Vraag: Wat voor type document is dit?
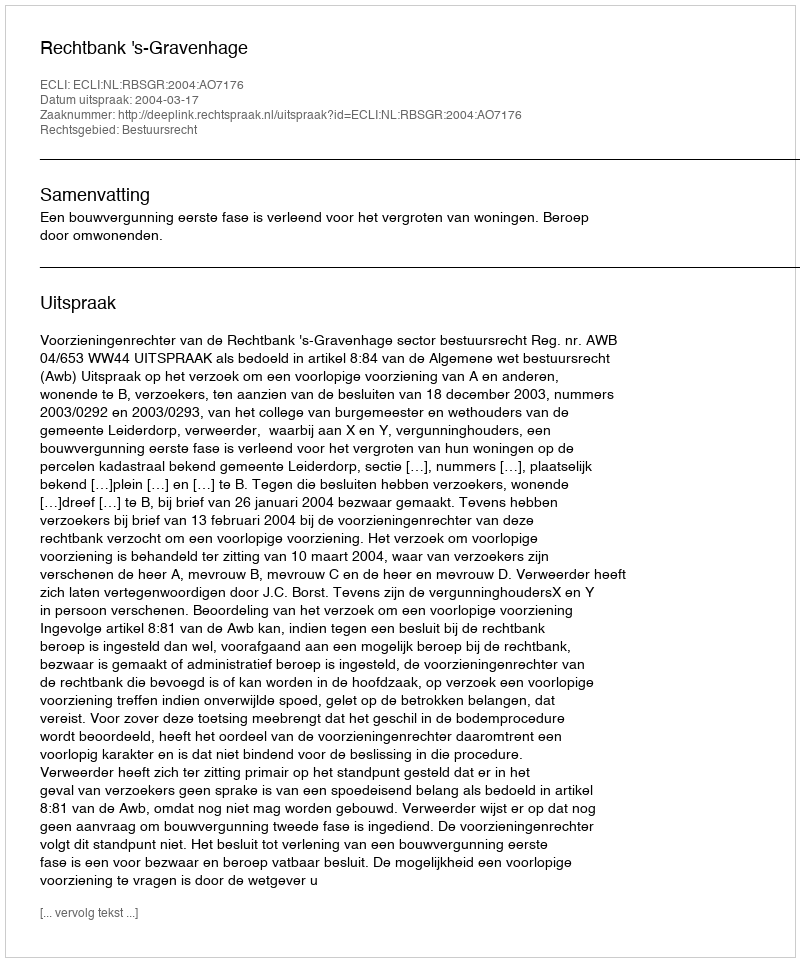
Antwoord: Uitspraak